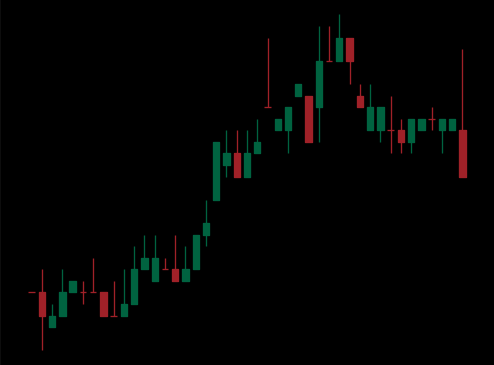
Pattern: bear_flag